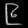
Digit: ၉